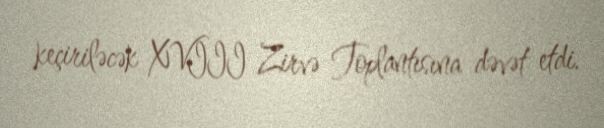
keçiriləcək XVIII Zirvə Toplantısına dəvət etdi.